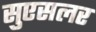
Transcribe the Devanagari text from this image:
सुएसलर